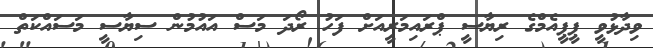
ވިދާޅުވީ ޕީޕީއެމްގެ ރިޔާސީ ޕްރައިމަރީއަށް ފަހު ރޯދަ މަސް އައުމުން ސިޔާސީ މަސައްކަތް